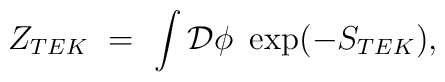
Z_{TEK} \ = \ \int \mathcal{D}\phi \ \exp(-S_{TEK}),